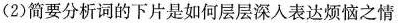
(2)简要分析词的下片是如何层层深入表达烦恼之情